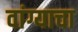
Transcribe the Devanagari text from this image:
वांग्याचा